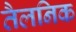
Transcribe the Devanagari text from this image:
तैलनिक